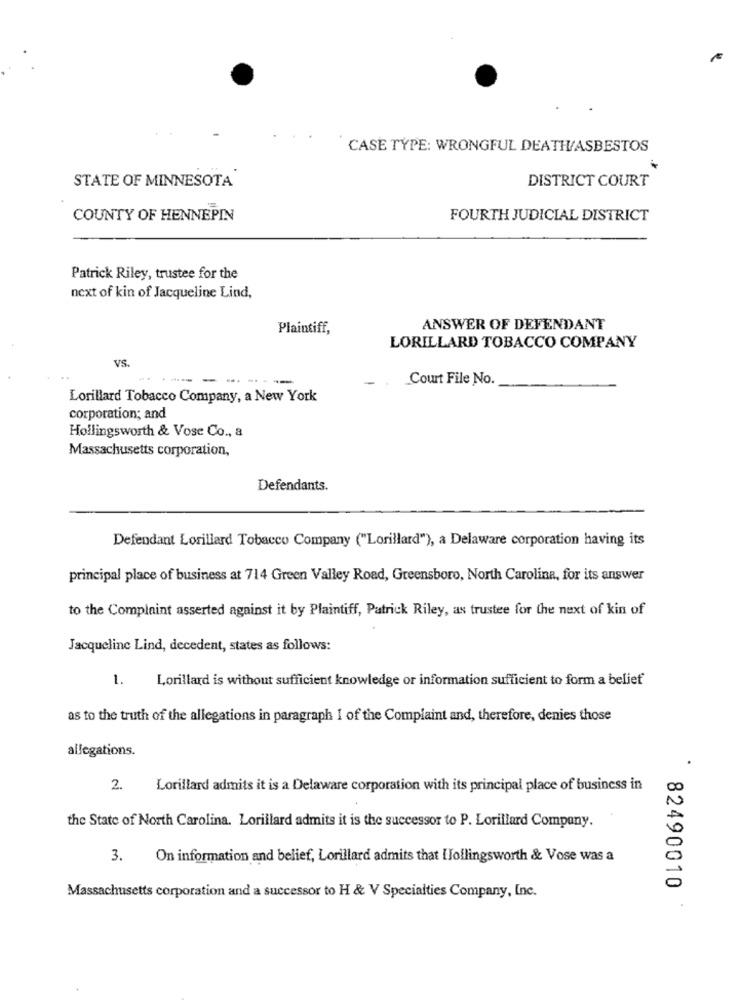
CASE TYPE: WRONGFUL DEATH/ASBESTOS
STATE OF MINNESOTA
DISTRICT COURT
COUNTY OF HENNEPIN
FOURTH JUDICIAL DISTRICT
Patrick Riley, trustee for the
next of kin of Jacqueline Lind,
Plaintiff,
ANSWER OF DEFENDANT
LORILLARD TOBACCO COMPANY
VS.
---
-- -- -
Court File No.
Lorillard Tobacco Company, a New York
corporation; and
Hollingsworth & Vose Co ., a
Massachusetts corporation,
Defendants.
Defendant Lorillard Tobacco Company ("Lorillard"), a Delaware corporation having its
principal place of business at 714 Green Valley Road, Greensboro, North Carolina, for its answer
to the Complaint asserted against it by Plaintiff, Patrick Riley, as trustee for the next of kin of
Jacqueline Lind, decedent, states as follows:
1. Lorillard is without sufficient knowledge or information sufficient to form a belief
as to the truth of the allegations in paragraph I of the Complaint and, therefore, denies those
allegations.
.
2.
Lorillard admits it is a Delaware corporation with its principal place of business in
the State of North Carolina. Lorillard admits it is the successor to P. Lorillard Company.
3.
On information and belief, Lorillard admits that Hollingsworth & Vose was a
82490010
Massachusetts corporation and a successor to H & V Specialties Company, Inc.